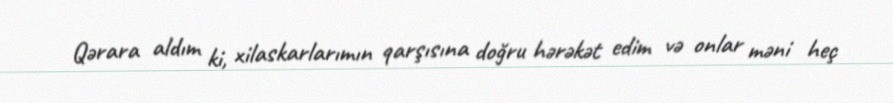
Qərara aldım ki, xilaskarlarımın qarşısına doğru hərəkət edim və onlar məni heç